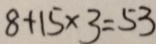
8 + 1 5 \times 3 = 5 3